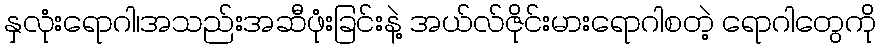
နှလုံးရောဂါ၊အသည်းအဆီဖုံးခြင်းနဲ့ အယ်လ်ဇိုင်းမားရောဂါစတဲ့ ရောဂါတွေကို